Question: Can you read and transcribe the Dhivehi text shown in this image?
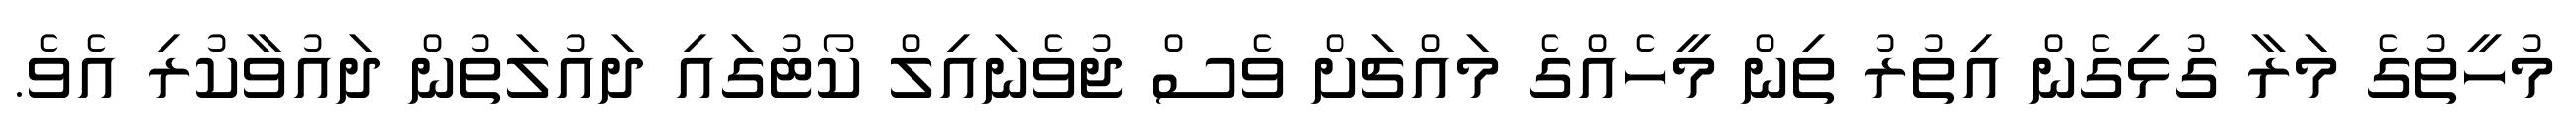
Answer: މުހީތުގެ މަރާ ގުޅިގެން އިތުރު ތިން މީހެއްގެ މައްޗަށް ވެސް ޖުވެނައިލް ކޯޓުގައި ދައުލަތުން ދައުވާކުރި އެވެ.